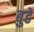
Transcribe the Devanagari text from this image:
बुढे